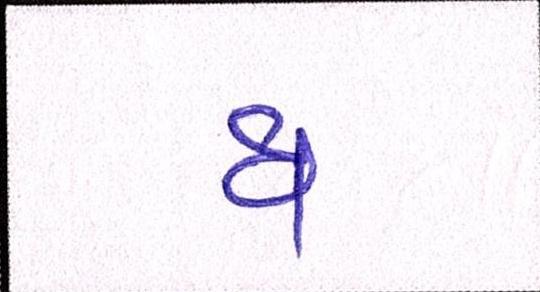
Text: ધ